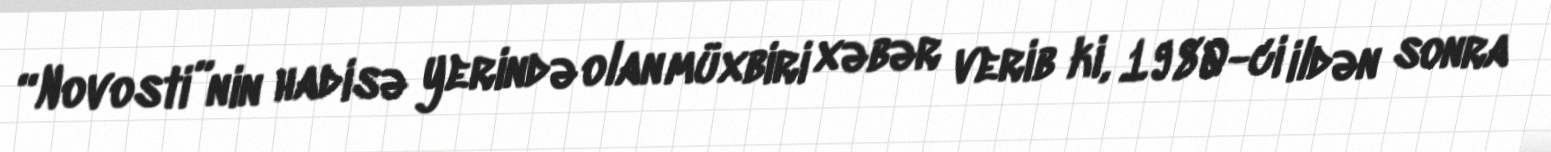
“Novosti”nin hadisə yerində olan müxbiri xəbər verib ki, 1980-ci ildən sonra